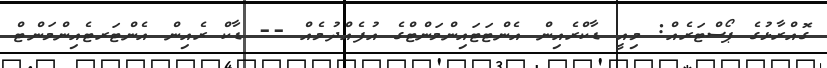
ގޮއްރާޅުގެ ޕޯސްޓަރެއް: މިއީ ޑާކްރެއިން އެންޓަޓައިންމަންޓްގެ އުފެއްދުމެއް -- ޑާކް ރެއިން އެންޓަރޓެއިންމަންޓް